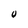
Character: 0